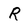
Character: R